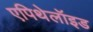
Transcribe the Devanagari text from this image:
एपिथेलॉइड